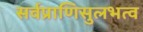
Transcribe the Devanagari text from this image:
सर्वप्राणिसुलभत्व